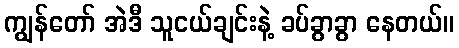
ကျွန်တော် အဲဒီ သူငယ်ချင်းနဲ့ ခပ်ခွာခွာ နေတယ်။